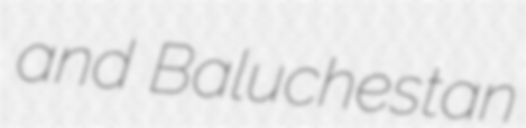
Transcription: and Baluchestan